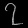
Digit: ၇